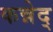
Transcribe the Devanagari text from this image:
कन्नेद्